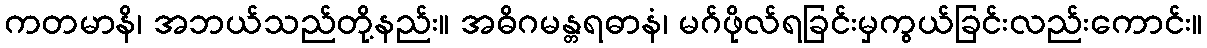
ကတမာနိ၊ အဘယ်သည်တို့နည်း။ အဓိဂမန္တရဓာနံ၊ မဂ်ဖိုလ်ရခြင်းမှကွယ်ခြင်းလည်းကောင်း။